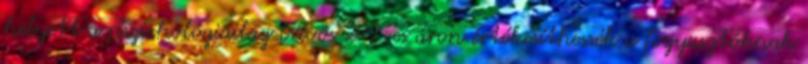
helyett a pszichológiailag bűvös 299-es áron értékesíthessék a fogyasztóknak